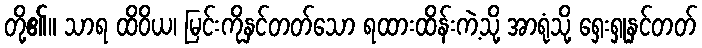
တို့၏။ သာရ ထိဝိယ၊ မြင်းကိုနှင်တတ်သော ရထားထိန်းကဲ့သို့ အာရုံသို့ ရှေးရှုနှင်တတ်